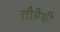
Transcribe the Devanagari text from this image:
तौबैशी